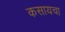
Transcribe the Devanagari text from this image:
कसायचा